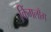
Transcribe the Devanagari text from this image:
किंगलाँग